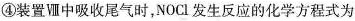
④装置Ⅷ中吸收尾气时，NOCl发生反应的化学方程式为